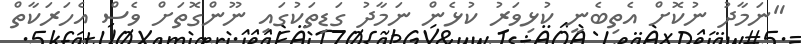
"ނަމާދު ނުކޮށް އެތިބެނީ ކުޅިވަރު ކުޅެން ނަމާދު ގަޑިތަކުގައި ނޫންގޮތަށް ވެސް އެހަރަކާތް